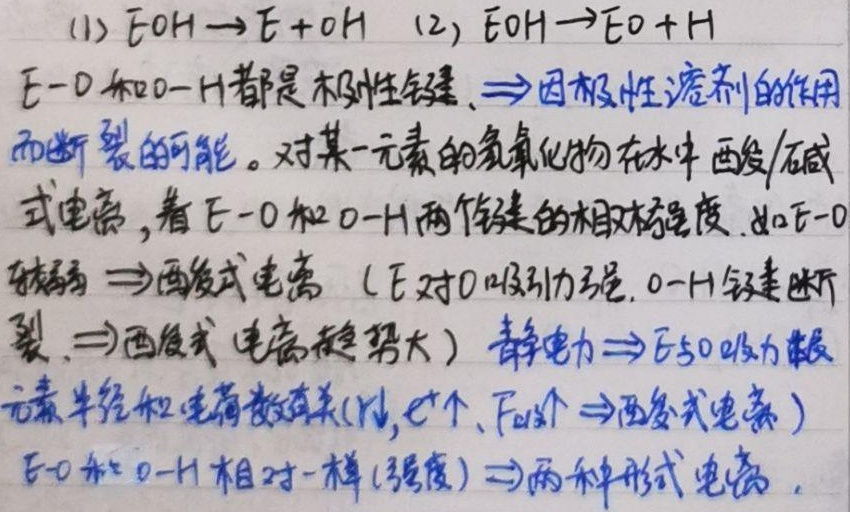
(1) $\mathrm{EOH}\rightarrow\mathrm{E}+\mathrm{OH}$ (2) $\mathrm{EOH}\rightarrow\mathrm{EO}+\mathrm{H}$
$\mathrm{E}-\mathrm{O}$ 和 $\mathrm{O}-\mathrm{H}$ 都是极性键，$\Rightarrow$因极性溶剂的作用
而断裂的可能。对某一元素的氢氧化物在水中 酸/碱
式电离，看 $\mathrm{E}-\mathrm{O}$ 和 $\mathrm{O}-\mathrm{H}$ 两个键的相对强度. 如 $\mathrm{E}-\mathrm{O}$
较弱 $\Rightarrow$ 酸式电离（$\mathrm{E}$ 对 $\mathrm{O}$ 吸引力弱, $\mathrm{O}-\mathrm{H}$ 键易断
裂, $\Rightarrow$ 酸式电离趋势大） 静电力$\Rightarrow\mathrm{E}$与$\mathrm{O}$吸力跟
元素半径和电荷数有关($r\downarrow,e\uparrow,F\uparrow\Rightarrow$酸式电离)
$\mathrm{E}-\mathrm{O}$ 和 $\mathrm{O}-\mathrm{H}$ 相对一样(强度) $\Rightarrow$ 两种形式电离 .